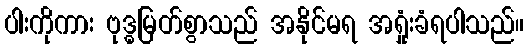
ပါးကိုကား ဗုဒ္ဓမြတ်စွာသည် အနိုင်မရ အရှုံးခံရပါသည်။